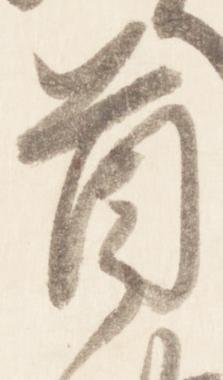
首